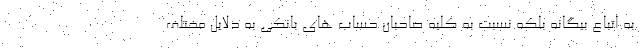
به اتباع بیگانه بلکه نسبت به کلیه صاحبان حساب های بانکی به دلایل مختلف